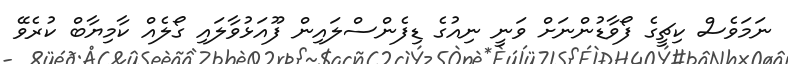
ނަމަވެސް ކިޗީގެ ފޯވާޑުންނަށް ވަނީ ނިއުގެ ޑިފެންސްލައިން ފޫއަޅުވާލައި ގޯލެއް ކާމިޔާބް ކުރެވޭ